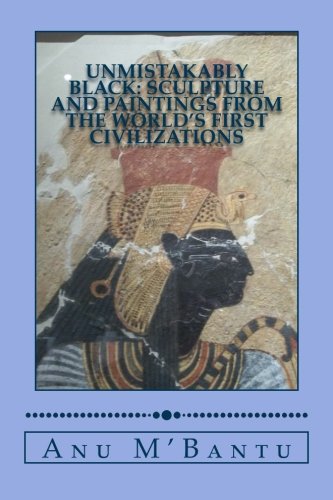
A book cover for Unmistakably Black: Sculpture and Paintings From The World's First Civilizations; Anu M'Bantu; History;